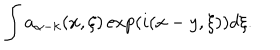
\int a _ { \alpha - k } ( x , \xi ) \exp ( i ( x - y , \xi ) ) d \xi .